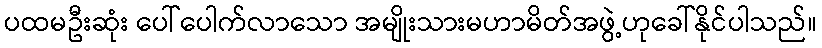
ပထမဦးဆုံး ပေါ်ပေါက်လာသော အမျိုးသားမဟာမိတ်အဖွဲ့ဟုခေါ်နိုင်ပါသည်။